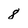
Character: 8